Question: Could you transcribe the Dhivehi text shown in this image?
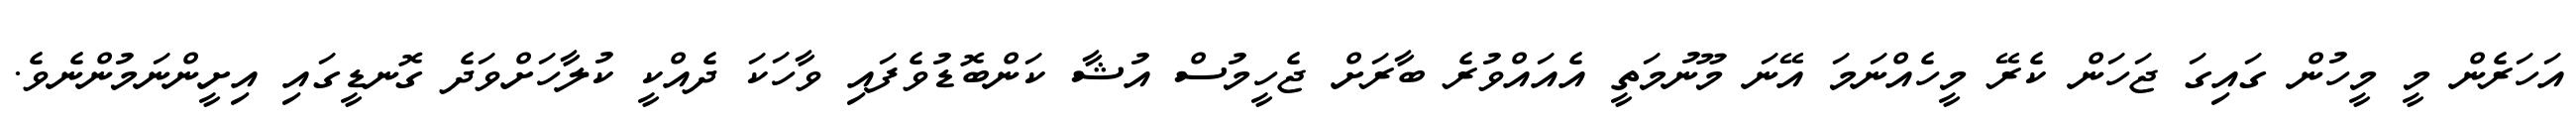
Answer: އަހަރެން މީ މީހުން ގައިގަ ޖަހަން ކެރޭ މީހެއްނަމަ އޭނަ މޫނުމަތީ އެއައްވުރެ ބާރަށް ޖެހީމުސް އުޝާ ކަންބޮޑުވެފައި ވާހަކަ ދެއްކީ ކުލާހަށްވަދެ ގޮނޑީގައި އިށީންނަމުންނެވެ.